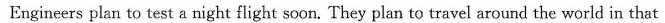
Engineers plan to test a night flight soon. They plan to travel around the world in that